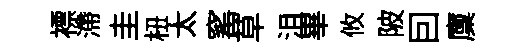
褾滯圭杻太窰草沮畢攸陂囙廩